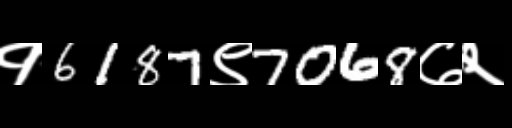
Text: १6187९7068७२